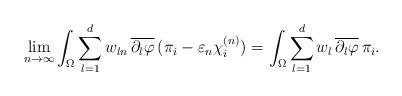
LaTeX: \begin{align*}\lim_{n \to \infty} \int_\Omega \sum_{l=1}^d w_{ln} \, \overline{\partial_l \varphi} \, (\pi_i - \varepsilon_n \chi^{(n)}_i)= \int_\Omega \sum_{l=1}^d w_l \, \overline{\partial_l \varphi} \, \pi_i. \end{align*}